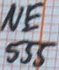
Text: NE555